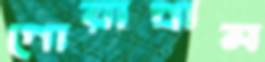
গোরাগ্রাম